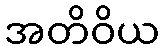
အတိဝိယ